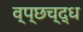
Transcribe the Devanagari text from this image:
व्प्छच्द्ध